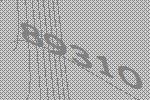
89310